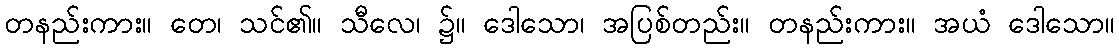
တနည်းကား။ တေ၊ သင်၏။ သီလေ၊ ၌။ ဒေါသော၊ အပြစ်တည်း။ တနည်းကား။ အယံ ဒေါသော။